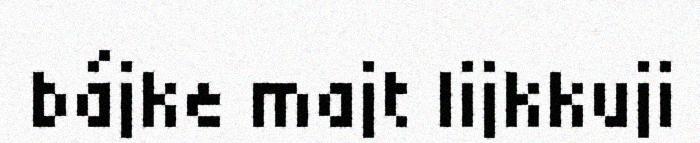
bájke majt lijkkuji